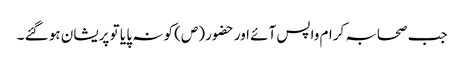
جب صحابہ کرام واپس آئے اور حضور (ص) کو نہ پا یا تو پریشان ہو گئے ۔